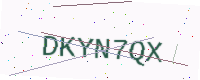
Text: DKYN7QX